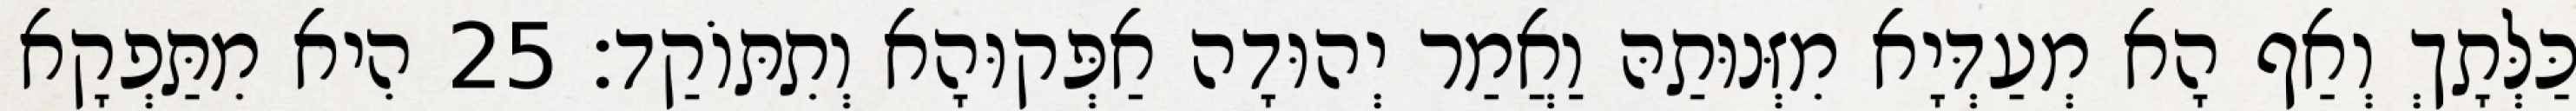
כַּלְּתָךְ וְאַף הָא מְעַדְּיָא מִזְּנוּתַהּ וַאֲמַר יְהוּדָה אַפְּקוּהָא וְתִתּוֹקַד׃ 25 הִיא מִתַּפְקָא